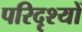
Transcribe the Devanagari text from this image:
परिदृश्‍यों